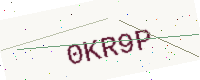
Text: 0KR9P